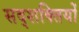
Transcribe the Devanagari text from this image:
सद्शक्तियों